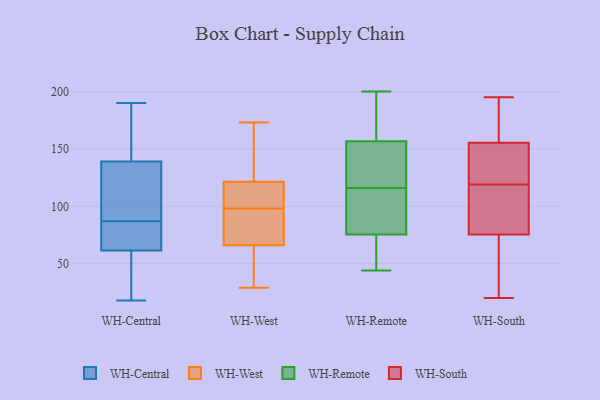
{"axis": {"x": "Revenue (USD Million)", "y": "Value"}, "legend": ["WH-Central", "WH-Remote", "WH-South", "WH-West"], "data": [{"x": "", "y": 84, "type": "WH-Central"}, {"x": "", "y": 38, "type": "WH-Central"}, {"x": "", "y": 20, "type": "WH-Central"}, {"x": "", "y": 174, "type": "WH-Central"}, {"x": "", "y": 65, "type": "WH-Central"}, {"x": "", "y": 56, "type": "WH-Central"}, {"x": "", "y": 141, "type": "WH-Central"}, {"x": "", "y": 96, "type": "WH-Central"}, {"x": "", "y": 88, "type": "WH-Central"}, {"x": "", "y": 190, "type": "WH-Central"}, {"x": "", "y": 58, "type": "WH-Central"}, {"x": "", "y": 86, "type": "WH-Central"}, {"x": "", "y": 76, "type": "WH-Central"}, {"x": "", "y": 73, "type": "WH-Central"}, {"x": "", "y": 97, "type": "WH-Central"}, {"x": "", "y": 137, "type": "WH-Central"}, {"x": "", "y": 18, "type": "WH-Central"}, {"x": "", "y": 188, "type": "WH-Central"}, {"x": "", "y": 134, "type": "WH-Central"}, {"x": "", "y": 158, "type": "WH-Central"}, {"x": "", "y": 160, "type": "WH-West"}, {"x": "", "y": 61, "type": "WH-West"}, {"x": "", "y": 91, "type": "WH-West"}, {"x": "", "y": 173, "type": "WH-West"}, {"x": "", "y": 126, "type": "WH-West"}, {"x": "", "y": 156, "type": "WH-West"}, {"x": "", "y": 29, "type": "WH-West"}, {"x": "", "y": 72, "type": "WH-West"}, {"x": "", "y": 72, "type": "WH-West"}, {"x": "", "y": 117, "type": "WH-West"}, {"x": "", "y": 105, "type": "WH-West"}, {"x": "", "y": 110, "type": "WH-West"}, {"x": "", "y": 63, "type": "WH-West"}, {"x": "", "y": 38, "type": "WH-West"}, {"x": "", "y": 69, "type": "WH-West"}, {"x": "", "y": 116, "type": "WH-West"}, {"x": "", "y": 116, "type": "WH-Remote"}, {"x": "", "y": 132, "type": "WH-Remote"}, {"x": "", "y": 194, "type": "WH-Remote"}, {"x": "", "y": 197, "type": "WH-Remote"}, {"x": "", "y": 116, "type": "WH-Remote"}, {"x": "", "y": 139, "type": "WH-Remote"}, {"x": "", "y": 105, "type": "WH-Remote"}, {"x": "", "y": 149, "type": "WH-Remote"}, {"x": "", "y": 112, "type": "WH-Remote"}, {"x": "", "y": 44, "type": "WH-Remote"}, {"x": "", "y": 157, "type": "WH-Remote"}, {"x": "", "y": 72, "type": "WH-Remote"}, {"x": "", "y": 66, "type": "WH-Remote"}, {"x": "", "y": 86, "type": "WH-Remote"}, {"x": "", "y": 58, "type": "WH-Remote"}, {"x": "", "y": 156, "type": "WH-Remote"}, {"x": "", "y": 50, "type": "WH-Remote"}, {"x": "", "y": 194, "type": "WH-Remote"}, {"x": "", "y": 200, "type": "WH-Remote"}, {"x": "", "y": 102, "type": "WH-South"}, {"x": "", "y": 183, "type": "WH-South"}, {"x": "", "y": 20, "type": "WH-South"}, {"x": "", "y": 151, "type": "WH-South"}, {"x": "", "y": 127, "type": "WH-South"}, {"x": "", "y": 195, "type": "WH-South"}, {"x": "", "y": 84, "type": "WH-South"}, {"x": "", "y": 113, "type": "WH-South"}, {"x": "", "y": 160, "type": "WH-South"}, {"x": "", "y": 61, "type": "WH-South"}, {"x": "", "y": 125, "type": "WH-South"}, {"x": "", "y": 67, "type": "WH-South"}]}